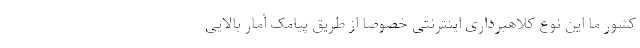
کشور ما این نوع کلاهبرداری اینترنتی خصوصا از طریق پیامک آمار بالایی